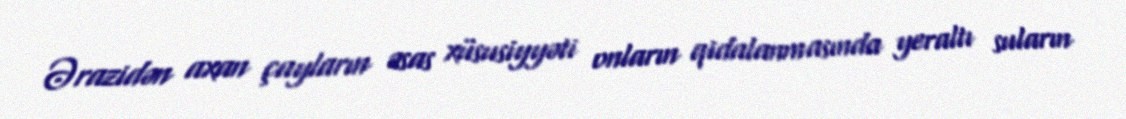
Ərazidən axan çayların əsas xüsusiyyəti onların qidalanmasında yeraltı suların